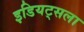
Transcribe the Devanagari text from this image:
इडियट्सला